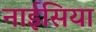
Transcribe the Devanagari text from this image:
नाईसिया